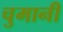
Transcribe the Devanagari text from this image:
चुमानी